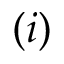
( i )